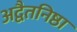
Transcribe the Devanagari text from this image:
अद्वैतनिष्ठा